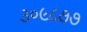
૩૦૯૮૭૭